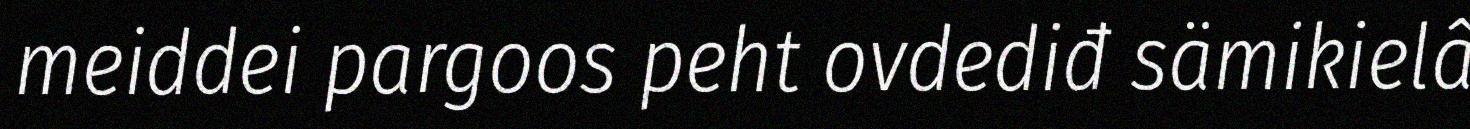
meiddei pargoos peht ovdediđ sämikielâ